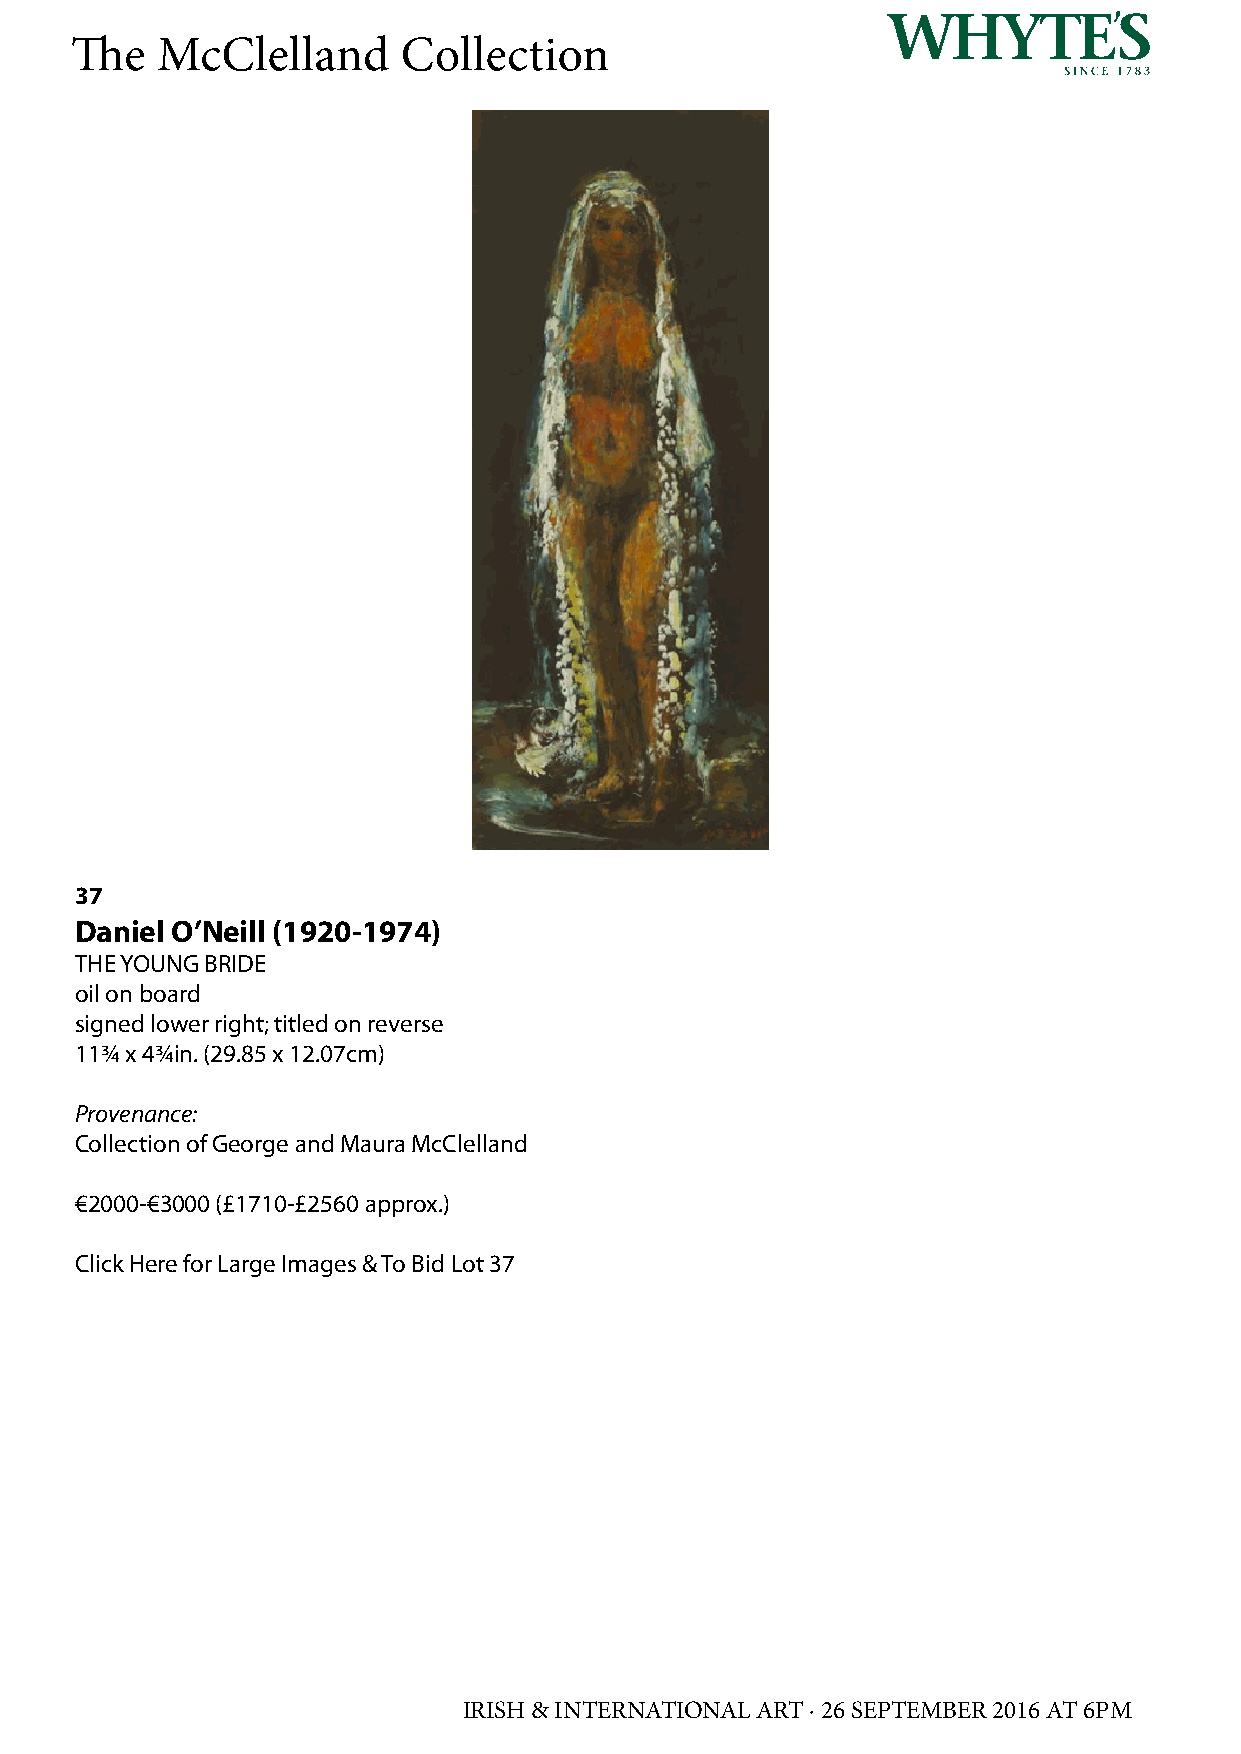
The  McClelland       Collection
 37
 Daniel O’Neill (1920-1974)
 THE YOUNG BRIDE
 oil on board
 signed lower right; titled on reverse
 11¾ x 4¾in. (29.85 x 12.07cm)
 Provenance:
 Collection of George and Maura McClelland
 €2000-€3000 (£1710-£2560 approx.)
 Click Here for Large Images & To Bid Lot 37
 IRISH & INTERNATIONAL ART · 26 SEPTEMBER 2016 AT 6PM